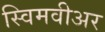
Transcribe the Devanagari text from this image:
स्विमवीअर